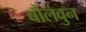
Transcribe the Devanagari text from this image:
बोलवुन